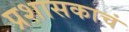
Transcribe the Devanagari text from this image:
प्रशासकाचं